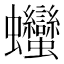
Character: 𧖣